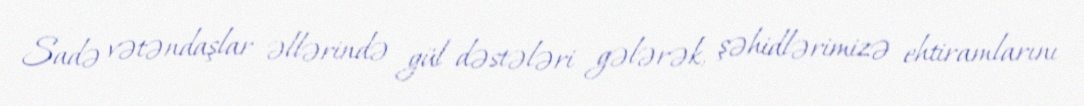
Sadə vətəndaşlar əllərində gül dəstələri gələrək, şəhidlərimizə ehtiramlarını